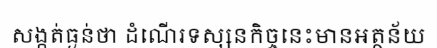
សង្កត់ធ្ងន់ថា ដំណើរទស្សនកិច្ចនេះមានអត្ថន័យ